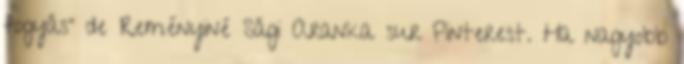
fogyás" de Reményiné Sági Aranka sur Pinterest. Ha nagyobb